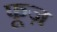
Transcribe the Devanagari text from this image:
फूज़